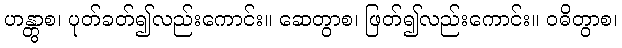
ဟန္တွာစ၊ ပုတ်ခတ်၍လည်းကောင်း။ ဆေတွာစ၊ ဖြတ်၍လည်းကောင်း။ ဝဓိတွာစ၊